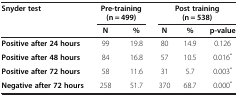
| Snyder test | <COLSPAN=2> Pre-training(n = 499) | <COLSPAN=3> Post training (n = 538) |
 |  | N | % | N | % | p-value |
 | --- | --- | --- | --- | --- | --- |
 | Positive after 24 hours | 99 | 19.8 | 80 | 14.9 | 0.126 |
 | Positive after 48 hours | 84 | 16.8 | 57 | 10.5 | 0.016* |
 | Positive after 72 hours | 58 | 11.6 | 31 | 5.7 | 0.003* |
 | Negative after 72 hours | 258 | 51.7 | 370 | 68.7 | 0.000* |